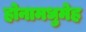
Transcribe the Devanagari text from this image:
होनामधुमेह